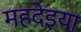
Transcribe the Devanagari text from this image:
महदेइया